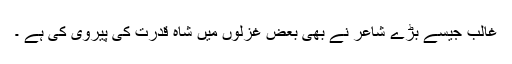
غالب جیسے بڑے شاعر نے بھی بعض غزلوں میں شاہ قدرت کی پیروی کی ہے ۔